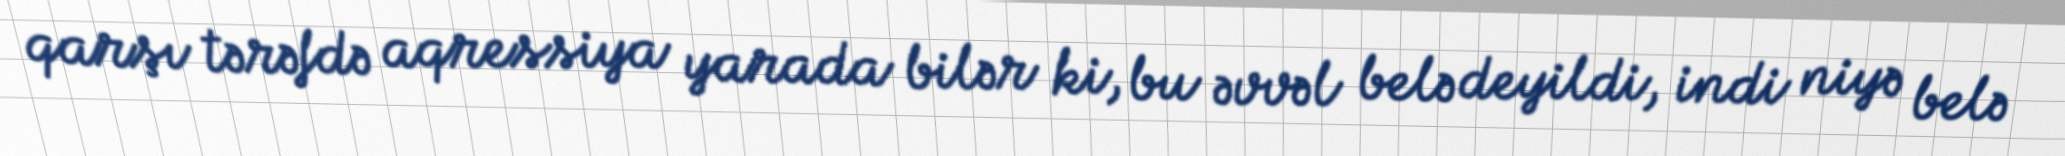
qarşı tərəfdə aqressiya yarada bilər ki, bu əvvəl belə deyildi, indi niyə belə